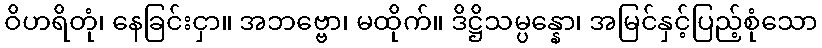
ဝိဟရိတုံ၊ နေခြင်းငှာ။ အဘဗ္ဗော၊ မထိုက်။ ဒိဋ္ဌိသမ္ပန္နော၊ အမြင်နှင့်ပြည့်စုံသော